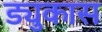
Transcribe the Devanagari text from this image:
ड्युकास